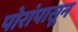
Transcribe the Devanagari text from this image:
पोरांपासून